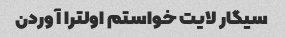
سیگار لایت خواستم اولترا آوردن